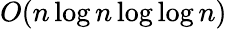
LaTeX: O(n\log n\log\log n)